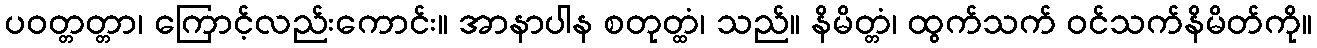
ပဝတ္တတ္တာ၊ ကြောင့်လည်းကောင်း။ အာနာပါန စတုတ္ထံ၊ သည်။ နိမိတ္တံ၊ ထွက်သက် ဝင်သက်နိမိတ်ကို။